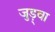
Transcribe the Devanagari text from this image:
जुड़्वा